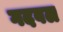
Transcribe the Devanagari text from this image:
गदवल